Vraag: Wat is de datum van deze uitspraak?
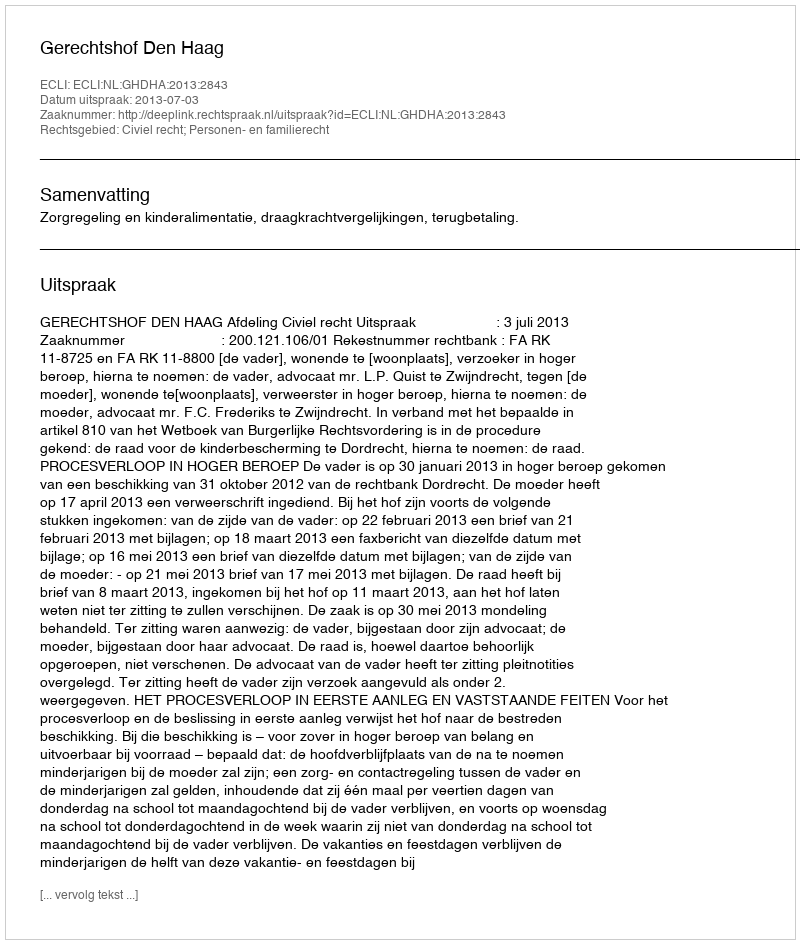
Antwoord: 2013-07-03